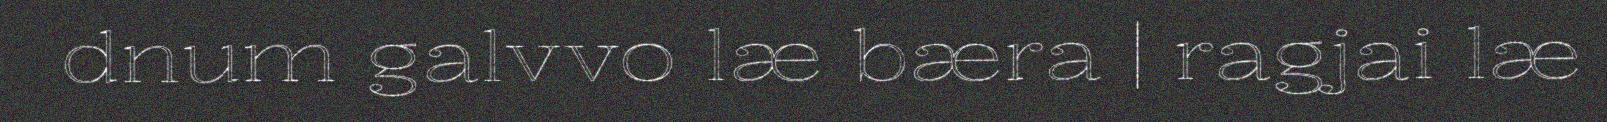
dnum galvvo læ bæra | ragjai læ